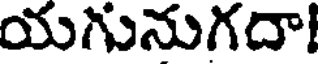
యగునుగదా!